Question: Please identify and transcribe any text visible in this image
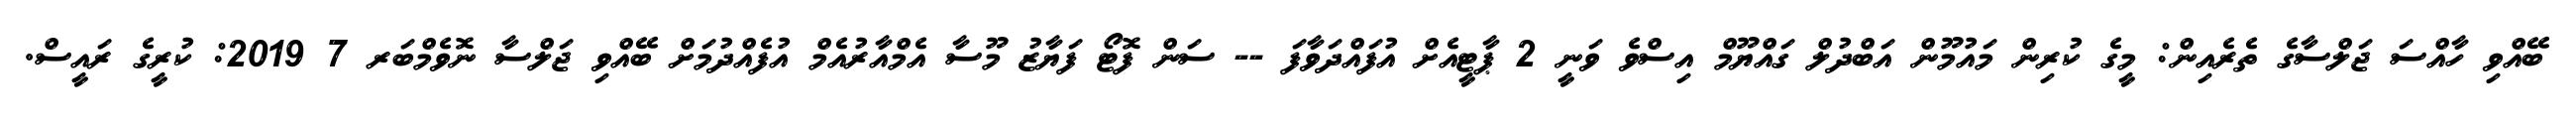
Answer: ބޭއްވި ހާއްސަ ޖަލްސާގެ ތެރެއިން: މީގެ ކުރިން މައުމޫން އަބްދުލް ގައްޔޫމް އިސްވެ ވަނީ 2 ޕާޓީއެށް އުފައްދަވާފަ -- ސަން ފޮޓޯ ފަޔާޒު މޫސާ އެމްއާރުއެމް އުފެއްދުމަށް ބޭއްވި ޖަލްސާ ނޮވެމްބަރ 7 2019: ކުރީގެ ރައީސް.